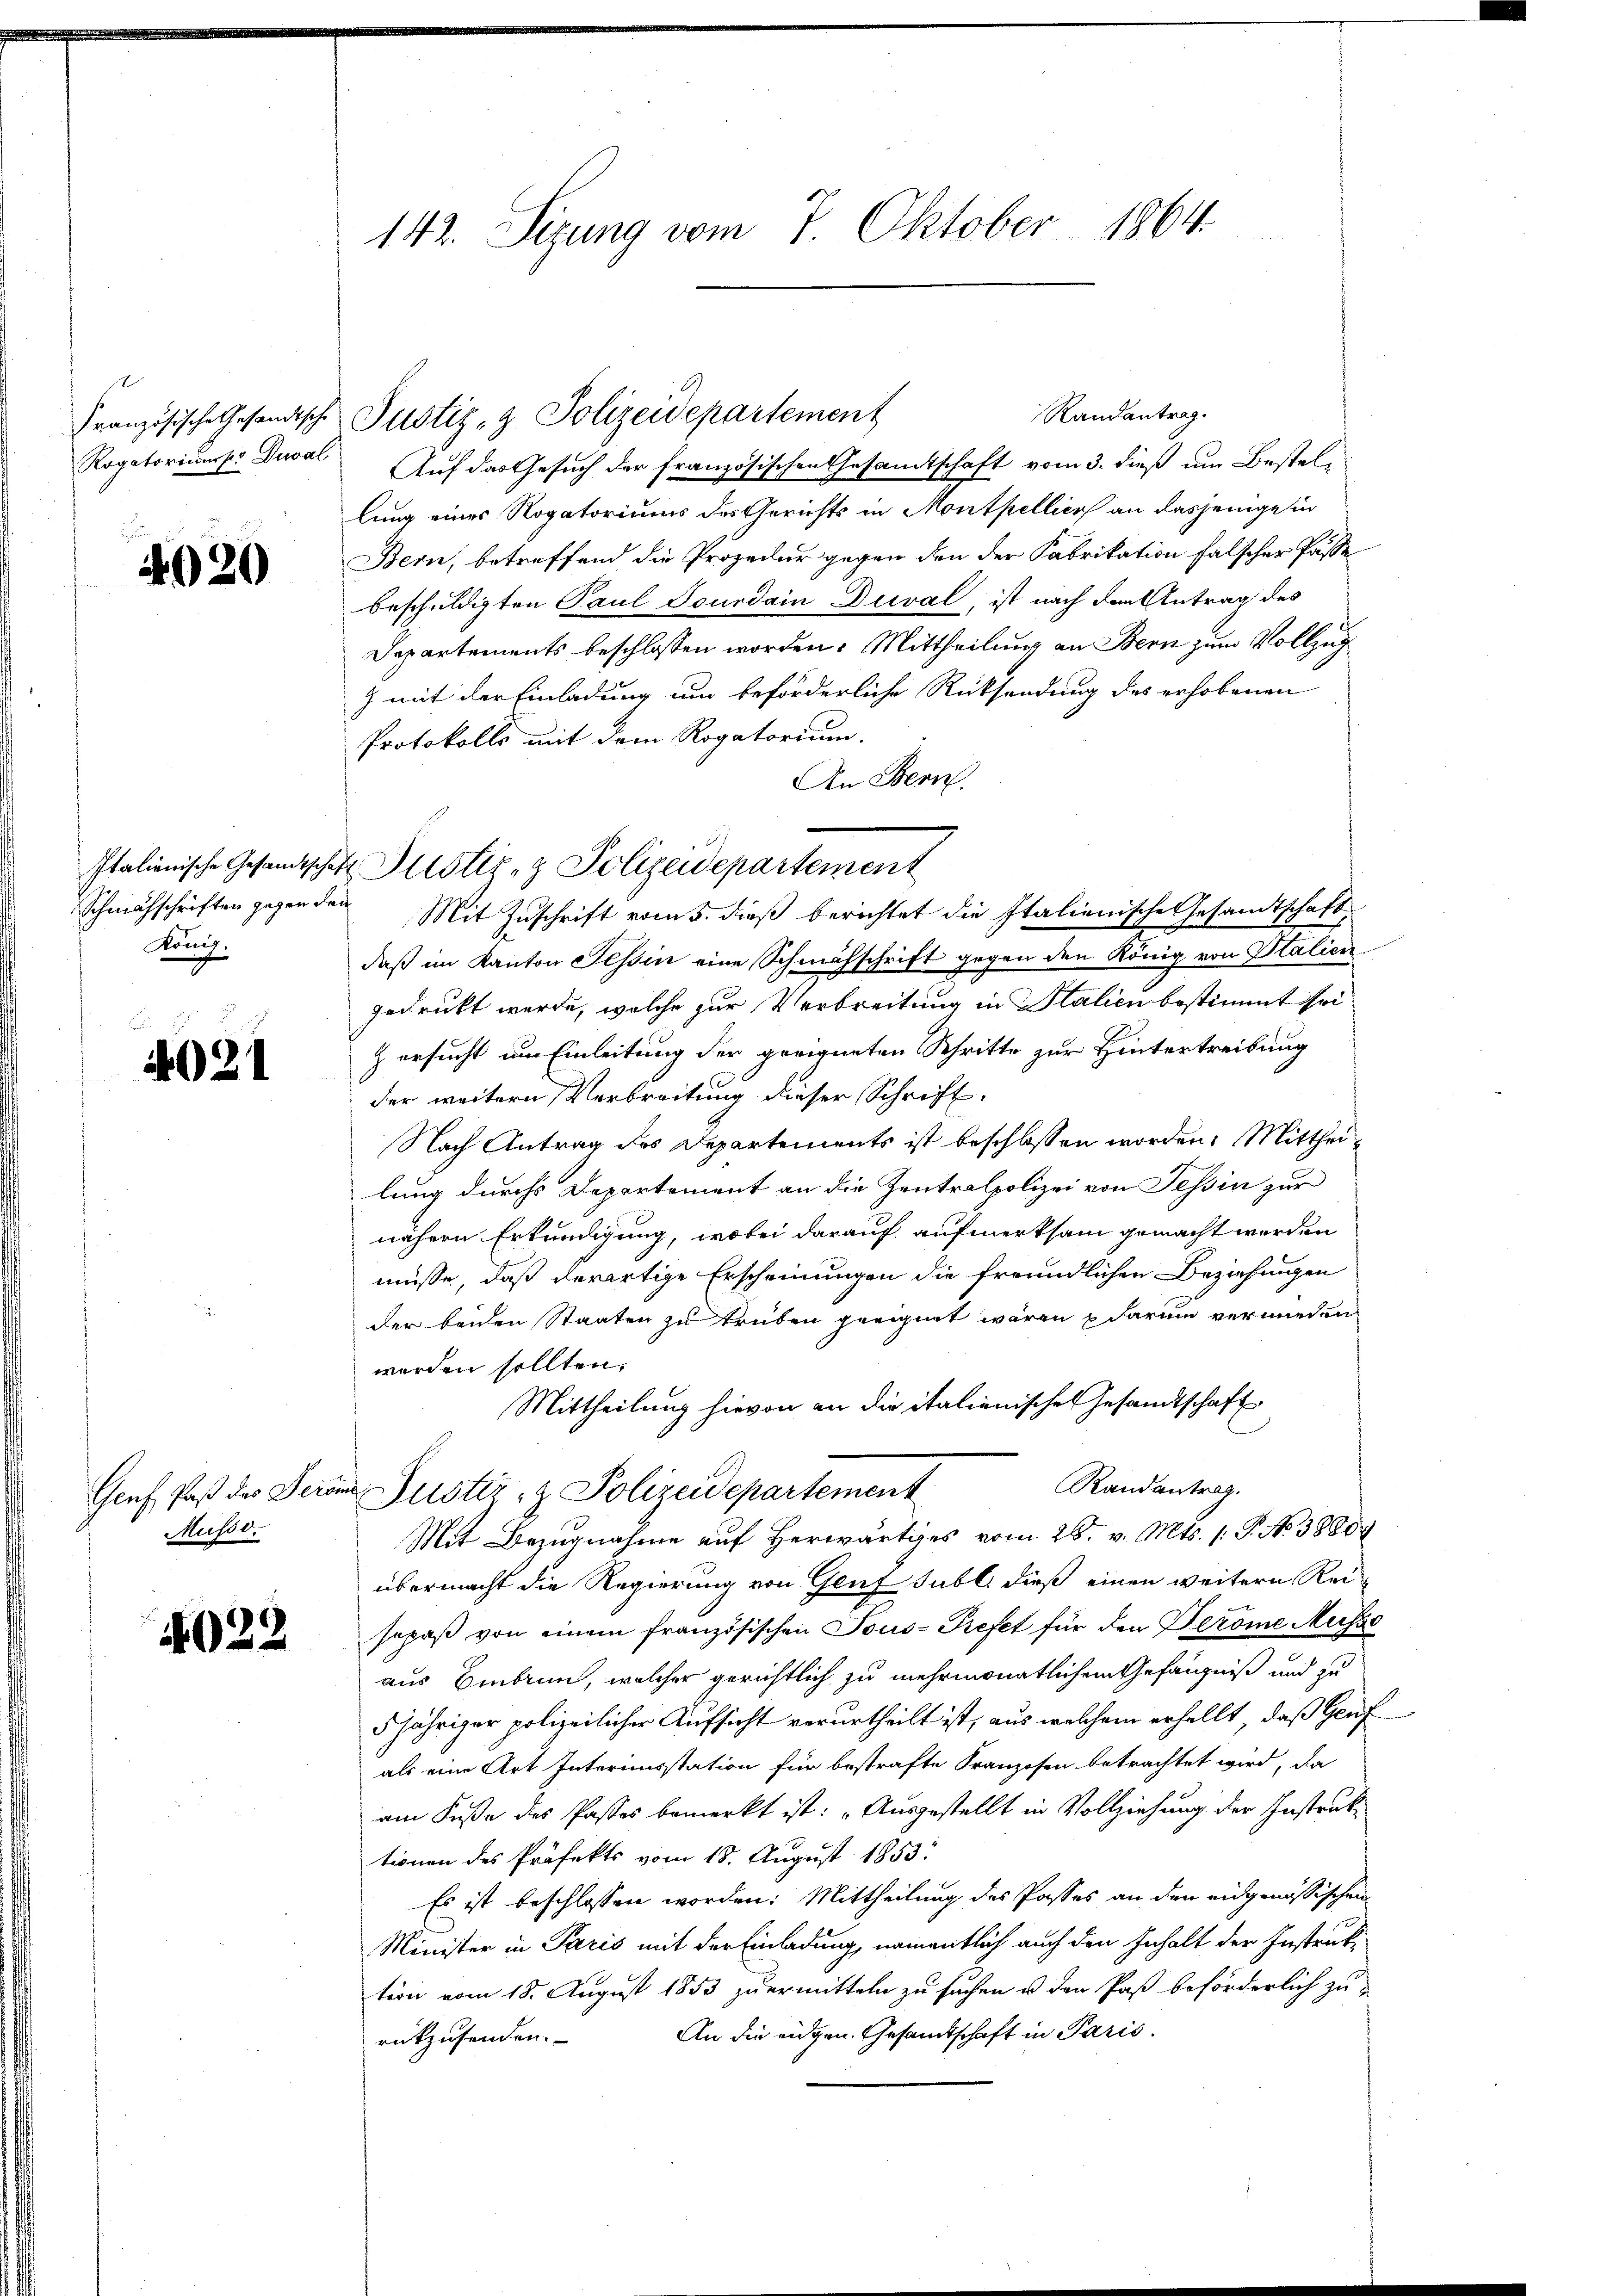
Französische Gesandtsche
Rogatoriums. Deval

4020

König.

4021

Genf, Paß des Seren
Musso.

4022

142. Sizung vom 7. Oktober 1864.

Justiz- & Polizeidepartement
Auf das Gesuch der französischen Gesandtschaft vom 3. dieß um Bestellung eines Rogatoriums des Gerichts in Montpellier an dasjenige in
Bern, betreffend die Prozedur gegen den der Fabrikation falscher Pässe
beschuldigten Paul Sourdain Dueval, ist nach den Antrag des
Departements beschlossen worden. Mittheilung an Bern zum Vollzug
z mit der Einladung um beförderliche Rücksendung des erhobenen
Protokolls mit dem Rogatorium.
An Bern.
Schmähschriften gegen den Mit Zŭschrift vom 5. dieβ berichtet die Italienische Gesandtschaft
daß im Kanton Tessin eine Schmähschrift gegen den König von Italien
gedruckt werde, welche zur Verbreitung in Italien bestimmt sei.
z ersucht um Einleitung der geeigneten Schritte zur Hintertreibung
der weitern Verbreitung dieser Schrift.
Nach Antrag des Departements ist beschlossen worden. Mittheilung durchs Departement an die Zentralpolizei von Tessin zur
nähern Erkundigung, wobei darauf aufmerksam gemacht werden
müsse, daß derartige Erscheinungen die freundlichen Beziehungen
der beiden Staaten zu treiben geeignet wären u darum vermieden
werden sollten,
Mittheilung hievon an die italienischen Gesandtschaft
Randantrag.
in Justiz- & Polizeidepartement
Mit Bezugnahme auf Herwärtiges vom 28. v. Mts. 1. P. No 38800.
übermacht die Regierung von Genf subl. dieß einen weitern Reisopaß von einem französischen Tous- Prefet für den Geröme Musse
aus Embrun, welcher gerichtlich zu mehrmonatlichem Gefängniß und zu
5jähriger polizeilicher Aufsicht verurtheilt ist, aus welchem erhellt, daß Genf
als eine Art Interimsstation für bestrafte Kranzosen betrachtet wird, da
am Fuße des Pastes bemerkt ist: „Ausgestellt in Vollziehung der Instruktionen des Präfekts vom 18. August 1853.
Es ist beschlossen worden: Mittheilung des Passes an den eidgenössischen
Minister in Paris mit der Einladung, namentlich auch den Inhalt der Instrukteon vom 18. August 1853 zu ermitteln zu suchen u. den Paß beförderlich zu-
An die eidgen. Gesandtschaft in Paris.
rükzusenden.

Italienische Gesandtschaft Justiz- & Polizeidepartement

Randantrag.